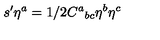
s ^ { \prime } \eta ^ { a } = 1 / 2 C ^ { a } { } _ { b c } \eta ^ { b } \eta ^ { c }